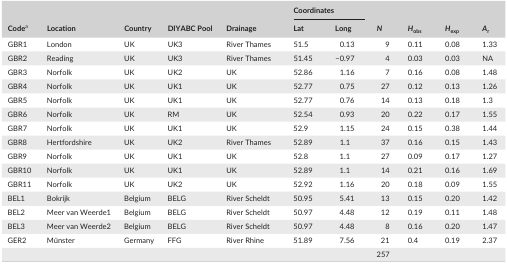
<table><thead><tr><td rowspan="2"><b>Codea</b></td><td rowspan="2"><b>Location</b></td><td rowspan="2"><b>Country</b></td><td rowspan="2"><b>DIYABC Pool</b></td><td rowspan="2"><b>Drainage</b></td><td colspan="2"><b>Coordinates</b></td><td rowspan="2"><b><i>N</i></b></td><td rowspan="2"><b><i>H</i><sub>obs</sub></b></td><td rowspan="2"><b><i>H</i><sub>exp</sub></b></td><td rowspan="2"><b><i>A</i><sub>r</sub></b></td></tr><tr><td><b>Lat</b></td><td><b>Long</b></td></tr></thead><tbody><tr><td>GBR1</td><td>London</td><td>UK</td><td>UK3</td><td>River Thames</td><td>51.5</td><td>0.13</td><td>9</td><td>0.11</td><td>0.08</td><td>1.33</td></tr><tr><td>GBR2</td><td>Reading</td><td>UK</td><td>UK3</td><td>River Thames</td><td>51.45</td><td>−0.97</td><td>4</td><td>0.03</td><td>0.03</td><td>NA</td></tr><tr><td>GBR3</td><td>Norfolk</td><td>UK</td><td>UK2</td><td>UK</td><td>52.86</td><td>1.16</td><td>7</td><td>0.16</td><td>0.08</td><td>1.48</td></tr><tr><td>GBR4</td><td>Norfolk</td><td>UK</td><td>UK1</td><td>UK</td><td>52.77</td><td>0.75</td><td>27</td><td>0.12</td><td>0.13</td><td>1.26</td></tr><tr><td>GBR5</td><td>Norfolk</td><td>UK</td><td>UK1</td><td>UK</td><td>52.77</td><td>0.76</td><td>14</td><td>0.13</td><td>0.18</td><td>1.3</td></tr><tr><td>GBR6</td><td>Norfolk</td><td>UK</td><td>RM</td><td>UK</td><td>52.54</td><td>0.93</td><td>20</td><td>0.22</td><td>0.17</td><td>1.55</td></tr><tr><td>GBR7</td><td>Norfolk</td><td>UK</td><td>UK1</td><td>UK</td><td>52.9</td><td>1.15</td><td>24</td><td>0.15</td><td>0.38</td><td>1.44</td></tr><tr><td>GBR8</td><td>Hertfordshire</td><td>UK</td><td>UK2</td><td>River Thames</td><td>52.89</td><td>1.1</td><td>37</td><td>0.16</td><td>0.15</td><td>1.43</td></tr><tr><td>GBR9</td><td>Norfolk</td><td>UK</td><td>UK1</td><td>UK</td><td>52.8</td><td>1.1</td><td>27</td><td>0.09</td><td>0.17</td><td>1.27</td></tr><tr><td>GBR10</td><td>Norfolk</td><td>UK</td><td>UK1</td><td>UK</td><td>52.89</td><td>1.1</td><td>14</td><td>0.21</td><td>0.16</td><td>1.69</td></tr><tr><td>GBR11</td><td>Norfolk</td><td>UK</td><td>UK2</td><td>UK</td><td>52.92</td><td>1.16</td><td>20</td><td>0.18</td><td>0.09</td><td>1.55</td></tr><tr><td>BEL1</td><td>Bokrijk</td><td>Belgium</td><td>BELG</td><td>River Scheldt</td><td>50.95</td><td>5.41</td><td>13</td><td>0.15</td><td>0.20</td><td>1.42</td></tr><tr><td>BEL2</td><td>Meer van Weerde1</td><td>Belgium</td><td>BELG</td><td>River Scheldt</td><td>50.97</td><td>4.48</td><td>12</td><td>0.19</td><td>0.11</td><td>1.48</td></tr><tr><td>BEL3</td><td>Meer van Weerde2</td><td>Belgium</td><td>BELG</td><td>River Scheldt</td><td>50.97</td><td>4.48</td><td>8</td><td>0.16</td><td>0.20</td><td>1.47</td></tr><tr><td>GER2</td><td>Münster</td><td>Germany</td><td>FFG</td><td>River Rhine</td><td>51.89</td><td>7.56</td><td>21</td><td>0.4</td><td>0.19</td><td>2.37</td></tr><tr><td></td><td></td><td></td><td></td><td></td><td></td><td></td><td>257</td><td></td><td></td><td></td></tr></tbody></table>